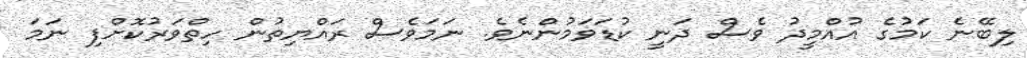
ލިބޭނެ ކަމުގެ އުއްމީދު ވެސް ދަނީ ކުޑަވަމުންނެވެ. ނަމަވެސް ރައްޔިތުން ހިތްވަރުކޮށްފި ނަމަ